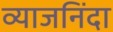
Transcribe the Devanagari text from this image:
व्याजनिंदा